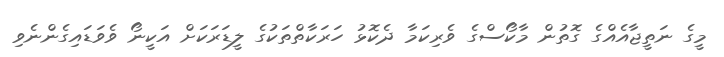
މީގެ ނަތީޖާއެއްގެ ގޮތުން މާކޯސްގެ ވެރިކަމާ ދެކޮޅު ހަރަކާތްތަކުގެ ލީޑަރަކަށް އަކީނޯ ވެވަޑައިގެންނެވި